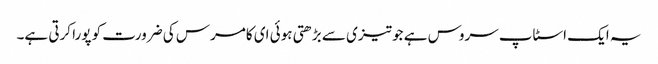
یہ ایک اسٹاپ سروس ہے جو تیزی سے بڑھتی ہوئی ای کامرس کی ضرورت کو پورا کرتی ہے۔